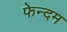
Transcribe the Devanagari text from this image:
फेन्दम